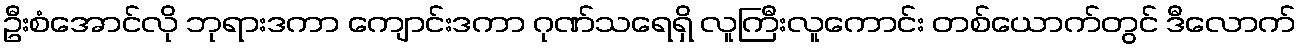
ဦးစံအောင်လို ဘုရားဒကာ ကျောင်းဒကာ ဂုဏ်သရေရှိ လူကြီးလူကောင်း တစ်ယောက်တွင် ဒီလောက်